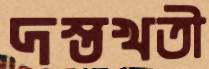
দস্তখতী